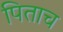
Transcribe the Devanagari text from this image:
पिताच